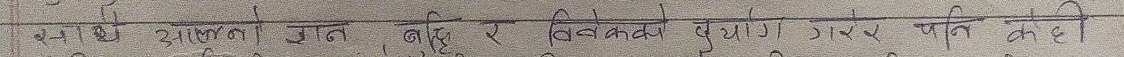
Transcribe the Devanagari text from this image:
वडा आकुलता खान बहु र विचलनको पुजारी । यसमा केही